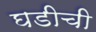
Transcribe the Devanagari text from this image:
घडीची